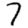
Digit: 7